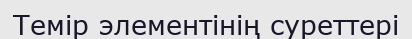
Темір элементінің суреттері